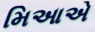
મિઆએ